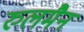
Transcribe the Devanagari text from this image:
रुलमैन